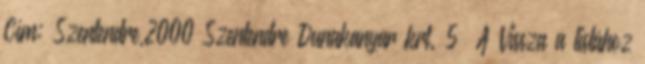
Cím: Szentendre,2000 Szentendre Dunakanyar krt. 5 A Vissza a listához